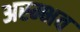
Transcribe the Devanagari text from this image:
अस्म्भव